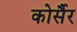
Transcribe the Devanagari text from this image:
कोर्सैर